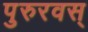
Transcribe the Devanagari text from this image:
पुरुरवस्‌